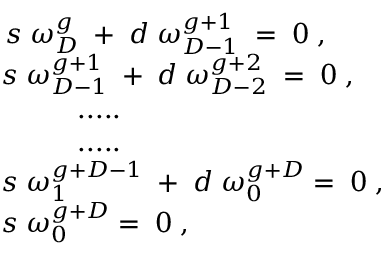
\begin{array} { l } { { \, s \; \omega _ { D } ^ { g } \; + \; d \; \omega _ { D - 1 } ^ { g + 1 } \; = \; 0 \; , } } \\ { { s \; \omega _ { D - 1 } ^ { g + 1 } \; + \; d \; \omega _ { D - 2 } ^ { g + 2 } \; = \; 0 \; , } } \\ { { \; \; \; \; \; \; \; \; \; \; . . . . . } } \\ { { \; \; \; \; \; \; \; \; \; \; . . . . . } } \\ { { s \; \omega _ { 1 } ^ { g + D - 1 } \; + \; d \; \omega _ { 0 } ^ { g + D } = \; 0 \; , } } \\ { { s \; \omega _ { 0 } ^ { g + D } = \; 0 \; , } } \end{array}